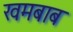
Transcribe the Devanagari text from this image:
खमबाब